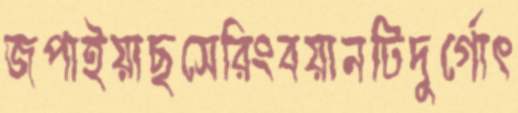
জপাইয়াছসেরিংবয়ানটিদুর্গোৎ